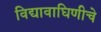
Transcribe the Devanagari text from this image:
विद्यावाघिणीचे